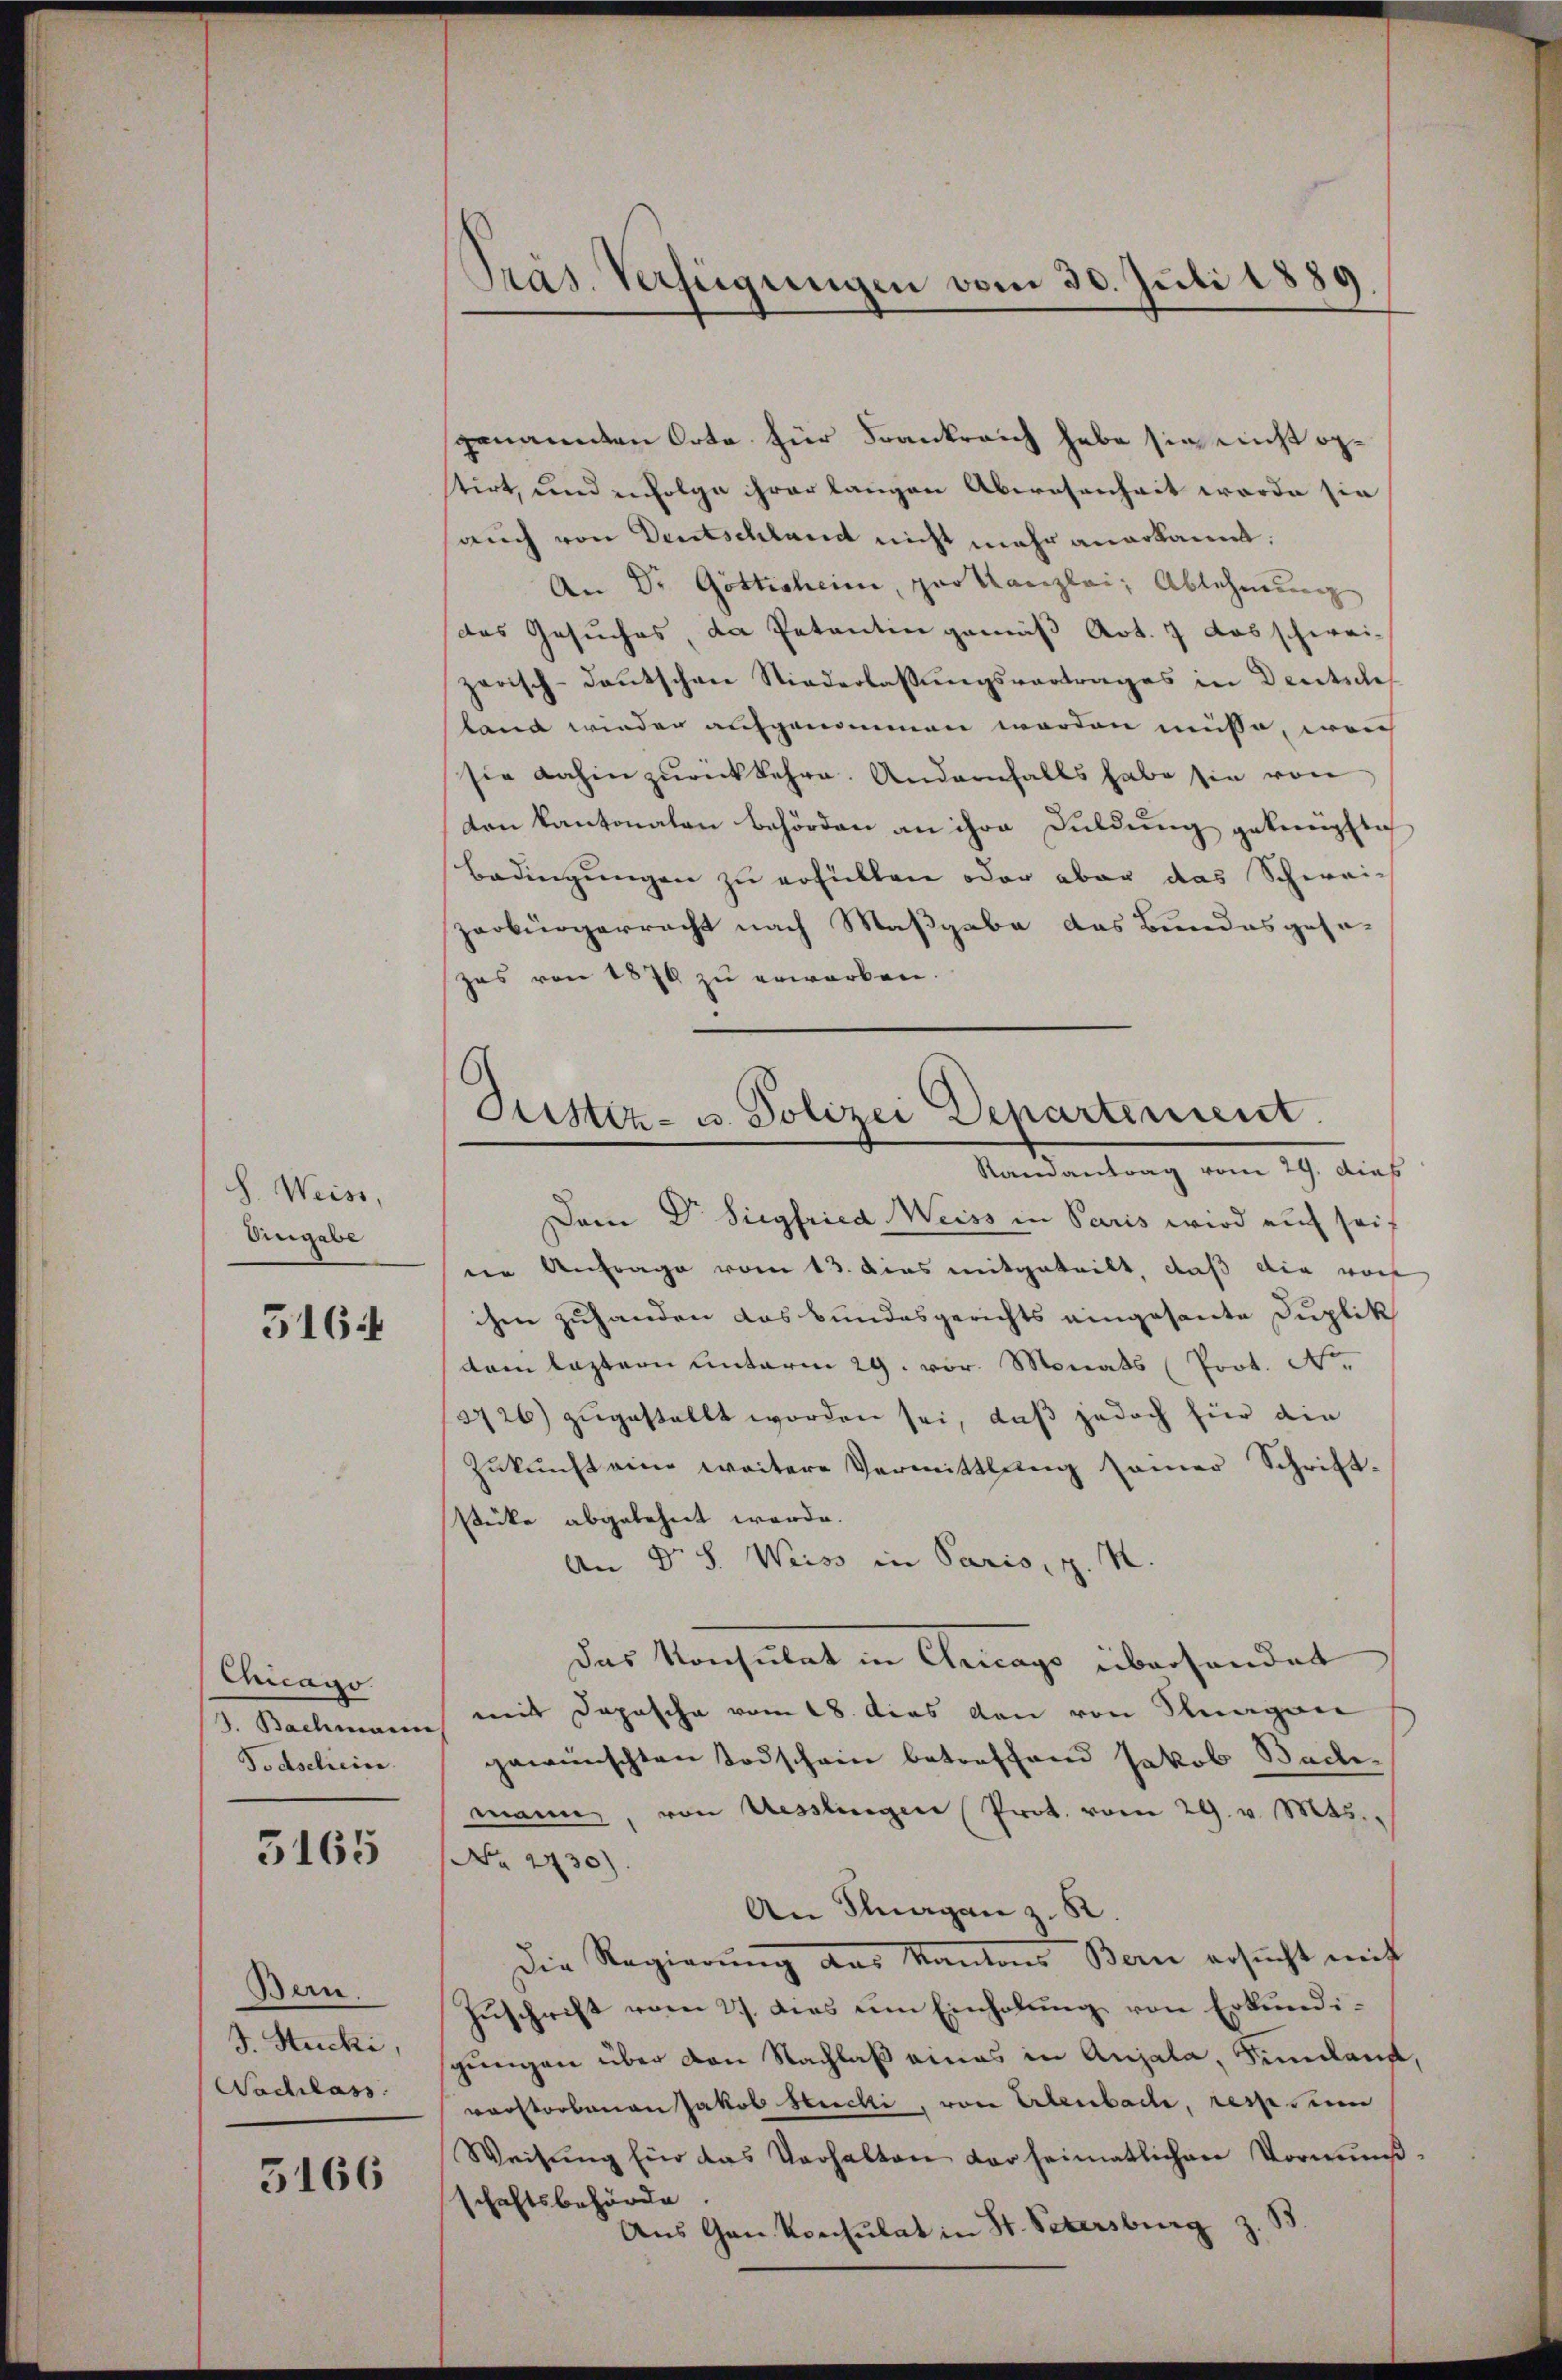
S. Weiss,
Angabe

5164

Chicago
J. Bachmann
Todscheine

3165

Bern.
J. Stucki,
Sachlass

5166

Präs. Verfügungen vom 30. Juli 1889

genannten Orte für Frankreich habe sie nicht opstirt, und erfolge ihrer langen Abwesenheit werde sie
auch von Deutschland nicht mehr anerkannt.
An Dr. Göttisheime, pro Kanzlei, Ablehnung
das Gesuches, da Petentin gemäß Art. 7 das schweizerisch-deutschen Niederlassŭngsvortrages in Deutsche
land wieder aufgenommen werden müsse, welch
sie dahin zurückkehre. Andernfalls habe sie von
ton Kantonalen behörden an ihre Duldung geknüpftich
Bedingungen zu erfüllen oder aber das Schwei-
zerbürgerracht nach Maßgabe des Bundesgesezes von 1870 zu erworben.
Dem Dr. Siegfried Weiss in Paris wird auf sei
en Anfrage vom 13. das mitgeteilt, daß die vor
chen zuhanden das Bundesgerichts eingesante Duplik
dam leztern Unterm 29. vor. Monats (Prot. N.
3726) zugestellt worden sei, daß jedoch für die
Zŭkŭnft eine weitere Vermittlung samer Schrift-
stücke abgelehnt werde.
An Dr. S. Weiss in Paris, z.
das Konsulat in Chicago überhandet
mit Dapasche vom 18. dies den von Fragen
gewünschten Todschein betreffend Jakob Badimann, von Uesslingen Prot. vom 29. v. Mts.,
No 2730)
An Klagen z. B.
Die Regierung aus Kantons Bern ersucht nicht
Zuschrift vom 27. dies um Einholung von Erkundigungen über den Nachlaß eines in Aujala, Similand,
verstorbenen Jakob Stucki, von Erlenbache, resp. um
Weisung für das Verhalten der heimatlichen Vormund-
schaftsbehörde
Aus Gan konsulat in St. Petersburg z. B

Justiz- u. Polizei Departement
Ramantrag vom 29. dies